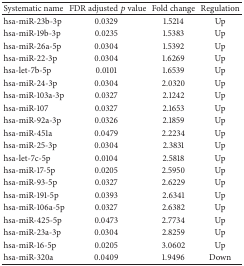
<table><thead><tr><td><b>Systematic name</b></td><td><b> FDR adjusted <i>p</i> value</b></td><td><b>Fold change</b></td><td><b>Regulation</b></td></tr></thead><tbody><tr><td>hsa-miR-23b-3p</td><td>0.0329</td><td>1.5214</td><td>Up</td></tr><tr><td>hsa-miR-19b-3p</td><td>0.0235</td><td>1.5383</td><td>Up</td></tr><tr><td>hsa-miR-26a-5p</td><td>0.0304</td><td>1.5392</td><td>Up</td></tr><tr><td>hsa-miR-22-3p</td><td>0.0304</td><td>1.6269</td><td>Up</td></tr><tr><td>hsa-let-7b-5p</td><td>0.0101</td><td>1.6539</td><td>Up</td></tr><tr><td>hsa-miR-24-3p</td><td>0.0304</td><td>2.0320</td><td>Up</td></tr><tr><td>hsa-miR-103a-3p</td><td>0.0327</td><td>2.1242</td><td>Up</td></tr><tr><td>hsa-miR-107</td><td>0.0327</td><td>2.1653</td><td>Up</td></tr><tr><td>hsa-miR-92a-3p</td><td>0.0326</td><td>2.1859</td><td>Up</td></tr><tr><td>hsa-miR-451a</td><td>0.0479</td><td>2.2234</td><td>Up</td></tr><tr><td>hsa-miR-25-3p</td><td>0.0304</td><td>2.3831</td><td>Up</td></tr><tr><td>hsa-let-7c-5p</td><td>0.0104</td><td>2.5818</td><td>Up</td></tr><tr><td>hsa-miR-17-5p</td><td>0.0205</td><td>2.5950</td><td>Up</td></tr><tr><td>hsa-miR-93-5p</td><td>0.0327</td><td>2.6229</td><td>Up</td></tr><tr><td>hsa-miR-191-5p</td><td>0.0393</td><td>2.6341</td><td>Up</td></tr><tr><td>hsa-miR-106a-5p</td><td>0.0327</td><td>2.6382</td><td>Up</td></tr><tr><td>hsa-miR-425-5p</td><td>0.0473</td><td>2.7734</td><td>Up</td></tr><tr><td>hsa-miR-23a-3p</td><td>0.0304</td><td>2.8259</td><td>Up</td></tr><tr><td>hsa-miR-16-5p</td><td>0.0205</td><td>3.0602</td><td>Up</td></tr><tr><td>hsa-miR-320a</td><td>0.0409</td><td>1.9496</td><td>Down</td></tr></tbody></table>